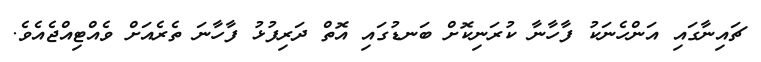
ޗައިނާގައި އަންހެނަކު ފާހާނާ ކުރަނިކޮށް ބަނޑުގައި އޮތް ދަރިފުޅު ފާހާނަ ތެރެއަށް ވެއްޓިއްޖެއެވެ.